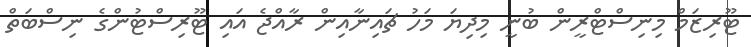
ޓޫރިޒަމް މިނިސްޓްރީން ބުނީ މިދިޔަ މަހު ޗައިނާއިން ރާއްޖެ އައި ޓޫރިސްޓުންގެ ނިސްބަތް